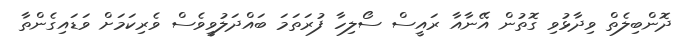
ދޮންބިލެތް ވިދާޅުވި ގޮތުން އޭނާއާ ރައީސް ސޯލިހާ ފުރަތަމަ ބައްދަލުވީވެސް ވެރިކަމަށް ވަޑައިގެންތާ